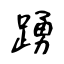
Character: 踴